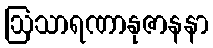
ဩသာရဏာနုဇာနနာ